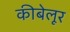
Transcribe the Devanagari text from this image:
कीबेलूर